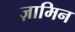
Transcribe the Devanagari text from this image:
ज़ामिन